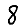
Digit: 8